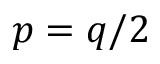
p = q / 2